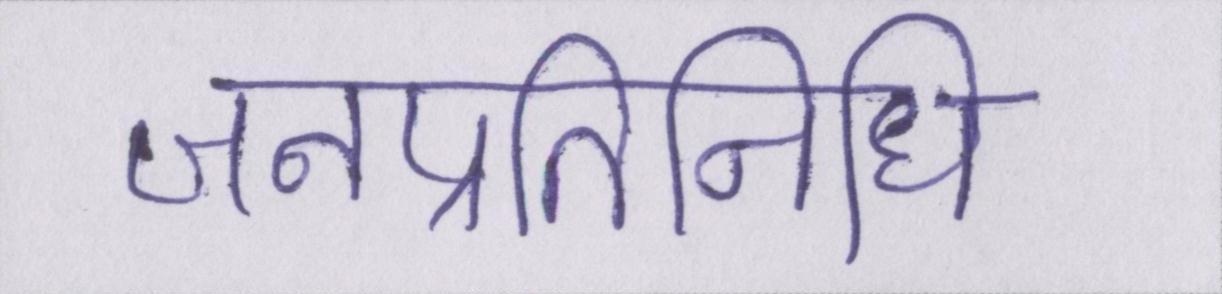
जनप्रतिनिधि